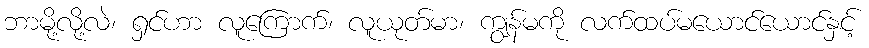
ဘာမို့လို့လဲ၊ ရှင်ဟာ လူကြောက်၊ လူယုတ်မာ၊ ကျွန်မကို လက်ထပ်မယောင်ယောင်နှင့်